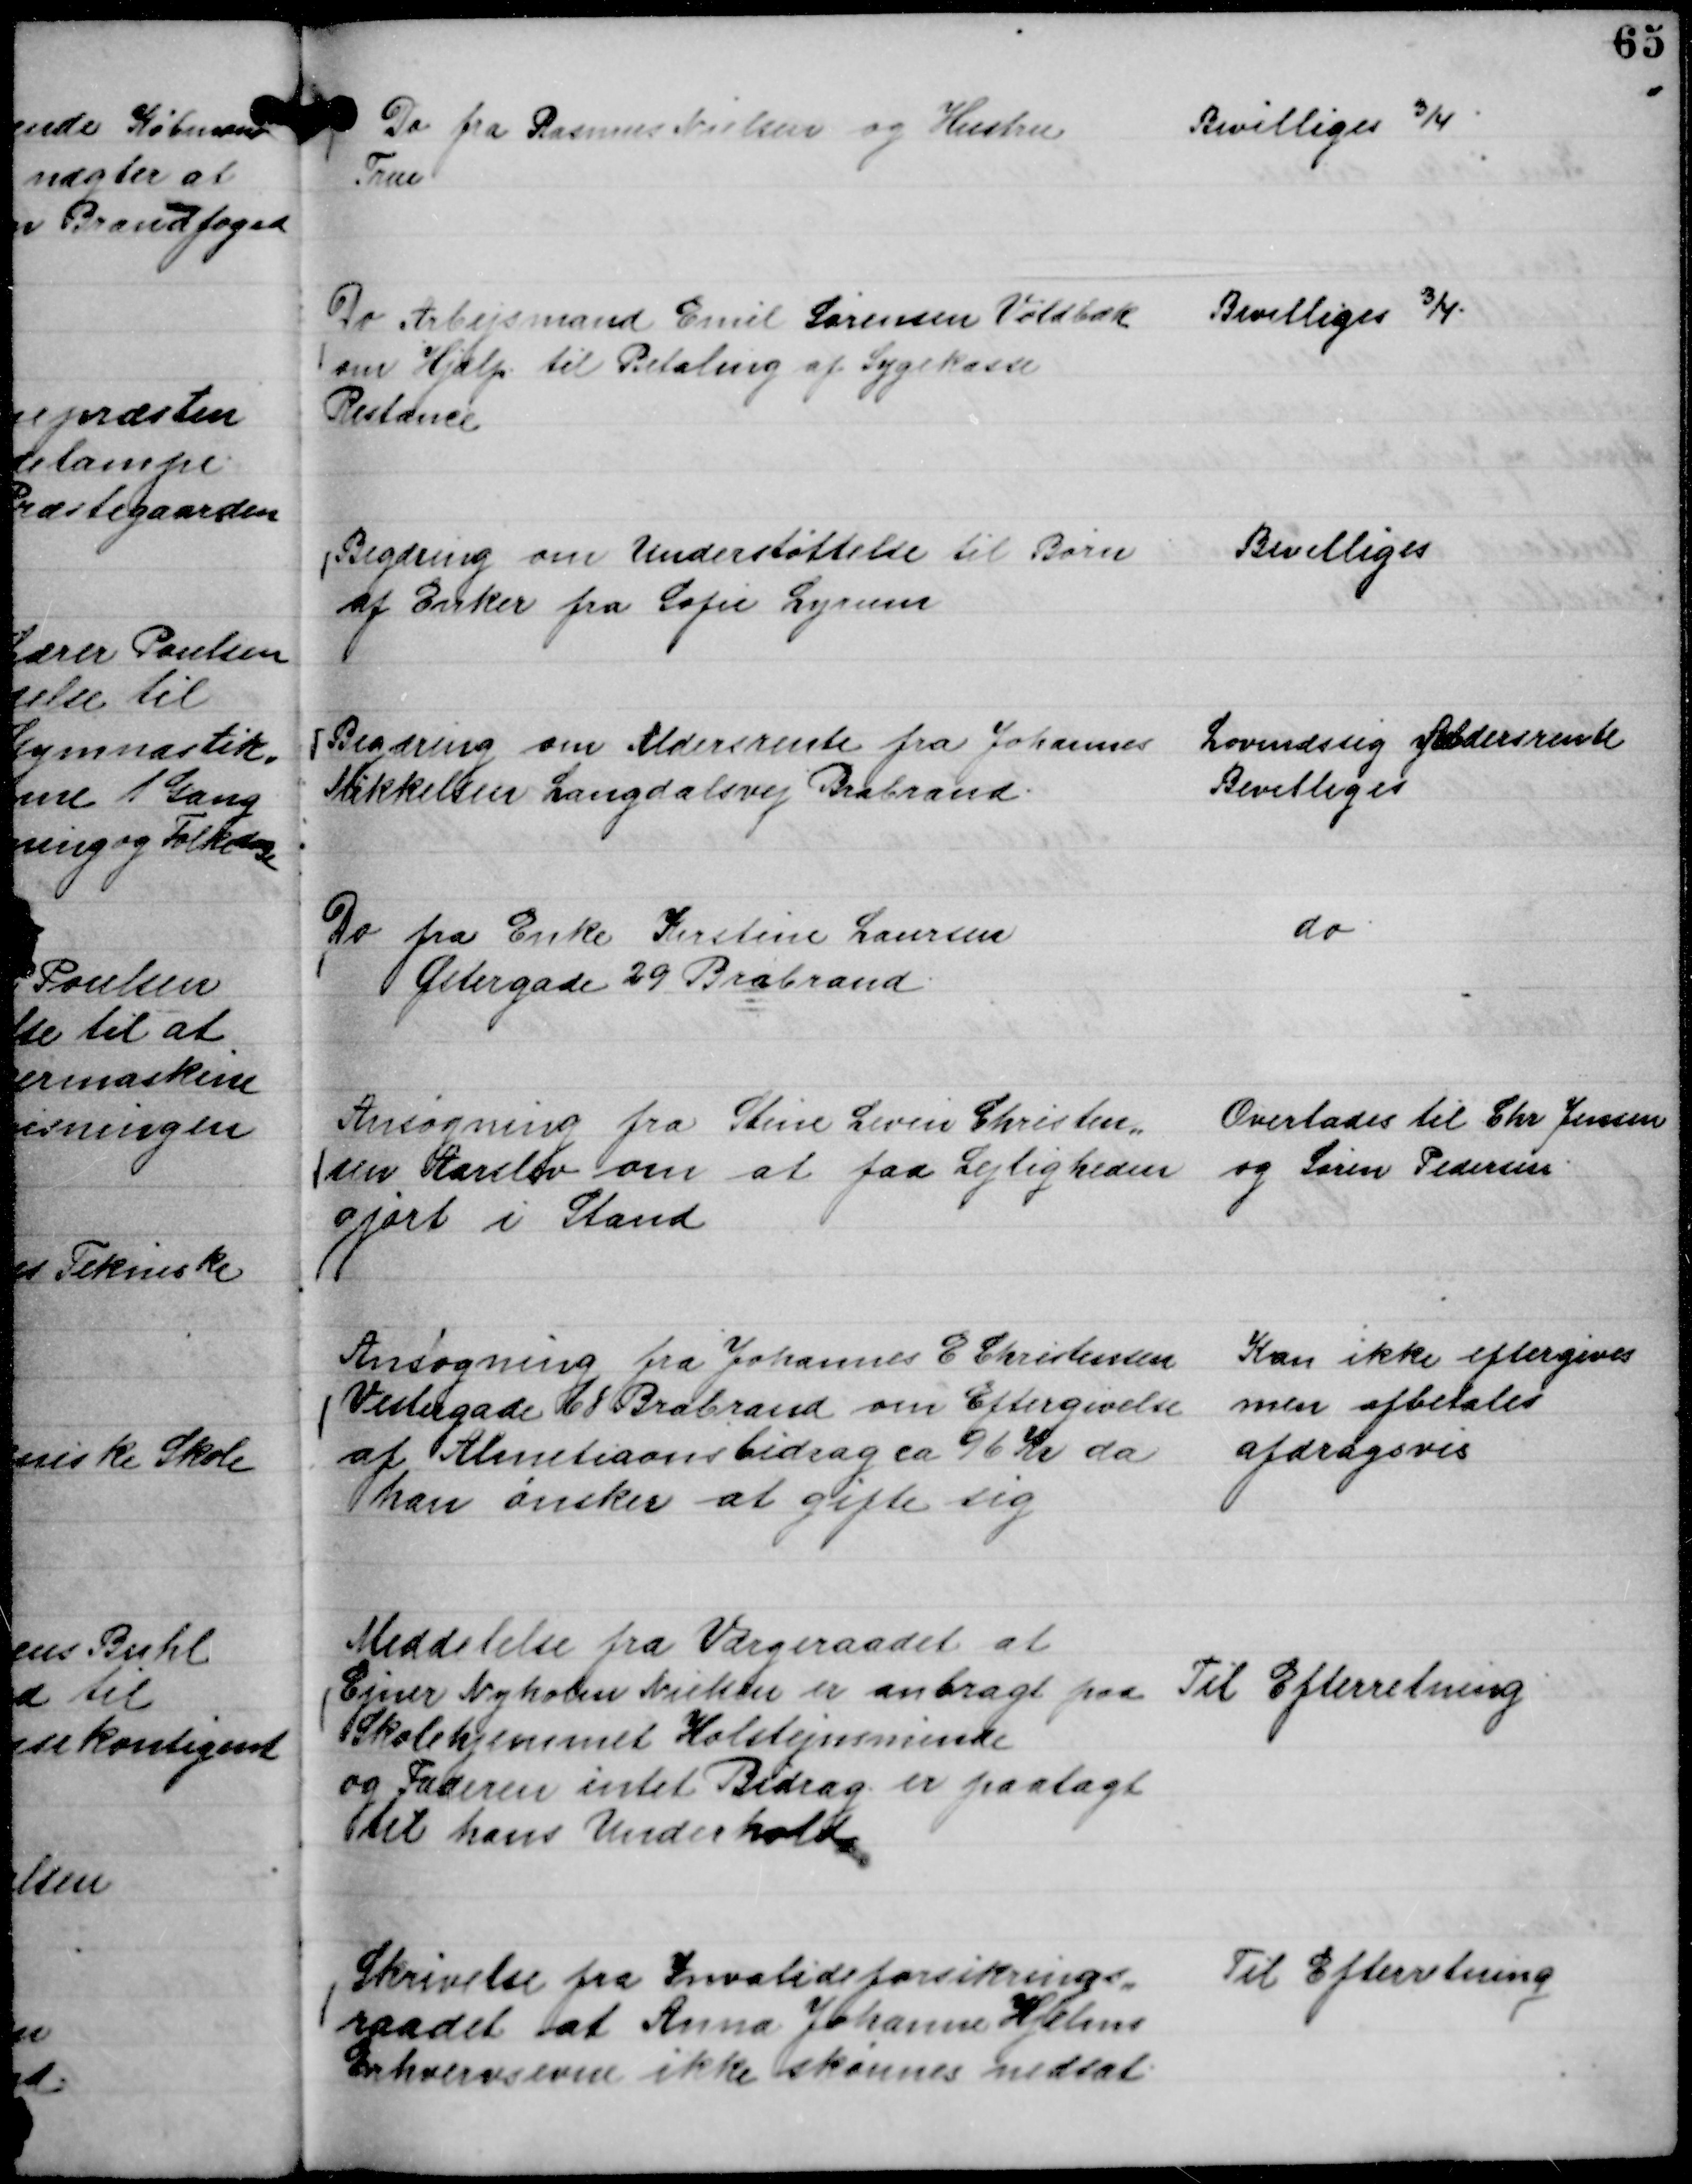
Transskription:
Do fra Rasmus Nielsen og Hustru
True

Bevilliges ¾.

Do Arbejsmand Emil Sørensen Voldbæk
om Hjælp til Betaling af Sygekasse
Restance

Bevilliges ¾.

Begæring om Understøttelse til Børn
af Enker fra Sofie Lyrum

Bevilliges

Begæring om Aldersrente fra Johannes
Mikkelsen Langdalsvej Brabrand.

Lovmæssig Aldersrente
Bevilliges

Do fra Enke Kirstine Laursen
Østergade 29 Brabrand.

do

Ansøgning fra Stine Levin Christen,,
sen Aarslev om at faa Lejligheden
gjort i Stand

Overlades til Chr Jensen
og Søren Pedersen.

Ansøgning fra Johannes G Christensen
Vestergade 68 Brabrand om Eftergivelse
af Almetiaonsbidrag ca 96 Kr da
han ønsker at gifte sig

Kan ikke eftergives
men afbetales
afdragsvis

Meddelelse fra Værgeraadet at
Ejner Nyholm Nielsen anbragt paa
Skolehjemmet Holstejnsminde
og Faderen intet Bidrag er paalagt
til hans Underhold

Til Efterretning.

Skrivelse fra Invalideforsikrings,,
raadet at Anna Johanne Hjelms
Erhvervsevne ikke skønnes nedsat.

Til Efterretning